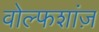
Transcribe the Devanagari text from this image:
वोल्फशांज़